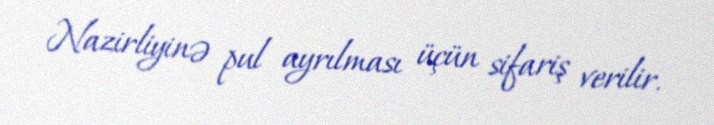
Nazirliyinə pul ayrılması üçün sifariş verilir.